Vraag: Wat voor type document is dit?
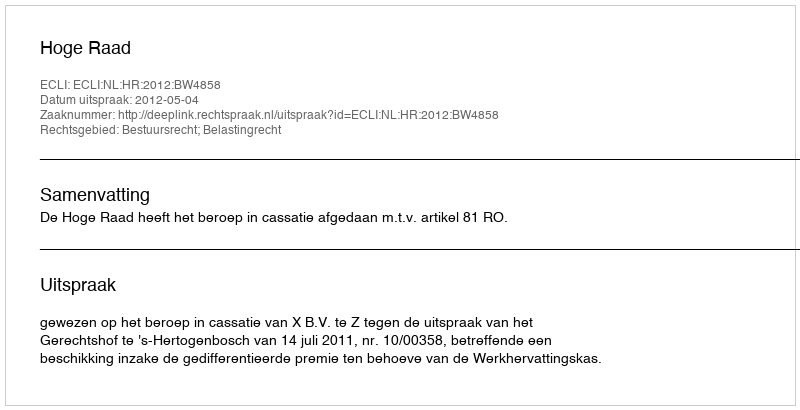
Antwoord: Uitspraak